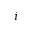
i